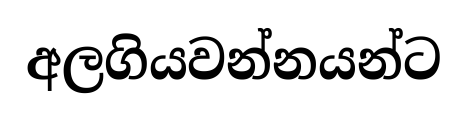
අලගියවන්නයන්ට